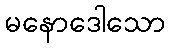
မနောဒေါသော